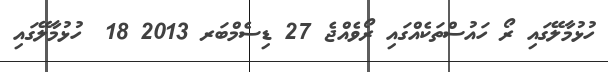
ހުޅުމާލޭގައި ރޯ ހައުސްތަކެއްގައި ރޯވެއްޖެ 27 ޑިސެމްބަރ 2013 18  ހުޅުމާލޭގައި